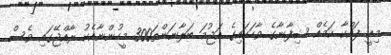
މިއީ ފައްކާ ކަމެއް ޝިފާނާގެ ވާހަަކައިގެ އަޖުމަ ބަލާނަންތަ300 މީހުންނާއެކު ރާއްޖޭގައި ވެސް